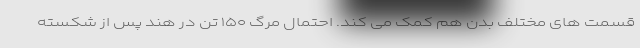
قسمت های مختلف بدن هم کمک می کند. احتمال مرگ ۱۵۰ تن در هند پس از شکسته